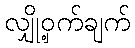
လျှို့ဝှက်ချက်